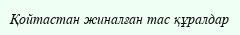
Қойтастан жиналған тас құралдар